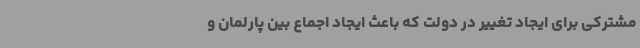
مشترکی برای ایجاد تغییر در دولت که باعث ایجاد اجماع بین پارلمان و